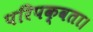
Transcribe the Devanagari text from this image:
परिपक्वता।